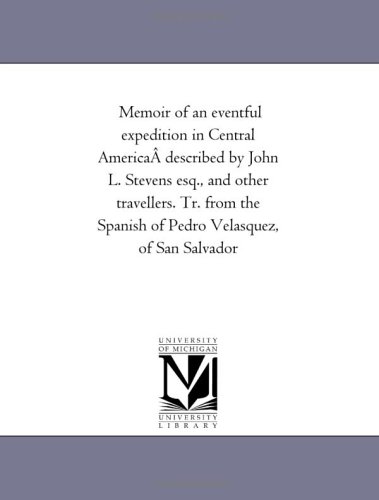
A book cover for Memoir of an eventful expedition in Central America described by John L. Stevens esq., and other travellers. Tr. from the Spanish of Pedro Velasquez, of San Salvador; Michigan Historical Reprint Series; Travel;